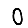
Digit: 0